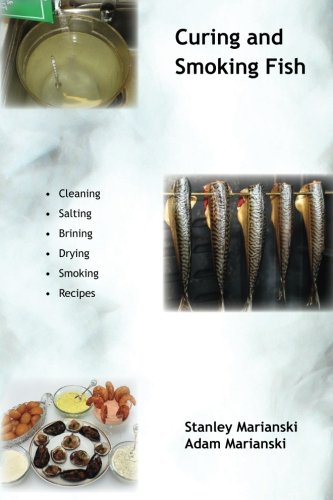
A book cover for Curing And Smoking Fish; Stanley Marianski; Cookbooks, Food & Wine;